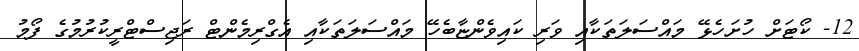
12- ކޯޓަށް ހުށަހެޅޭ މައްސަލަތަކާއި ވަރި ކައިވެންޏާބެހޭ މައްސަލަތަކާއި އެގްރިމެންޓް ރަޖިސްޓްރީކުރުމުގެ ފޯމު